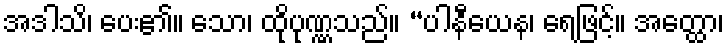
အဒါသိ၊ ပေး၏။ သော၊ ထိုပုဏ္ဏသည်။ “ပါနီယေန၊ ရေဖြင့်။ အတ္ထော၊